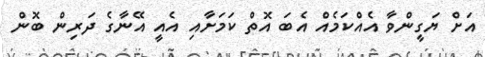
އަށް ޔަގީންވާ އެއްކަމެއް އެބަ އޮތް ކަމަށާއި އެއީ އޭނާގެ ދަރިން ބޮން